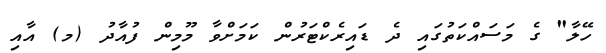
ހޭލާ" ގެ މަސައްކަތުގައި ދެ ޑައިރެކްޓަރުން ކަމަށްވާ މޫމިން ފުއާދު (މ) އާއި